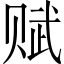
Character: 赋